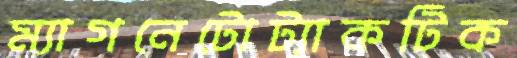
ম্যাগনেটোট্যাকটিক